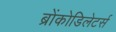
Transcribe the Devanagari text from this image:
ब्रोंकोडिलेटर्स